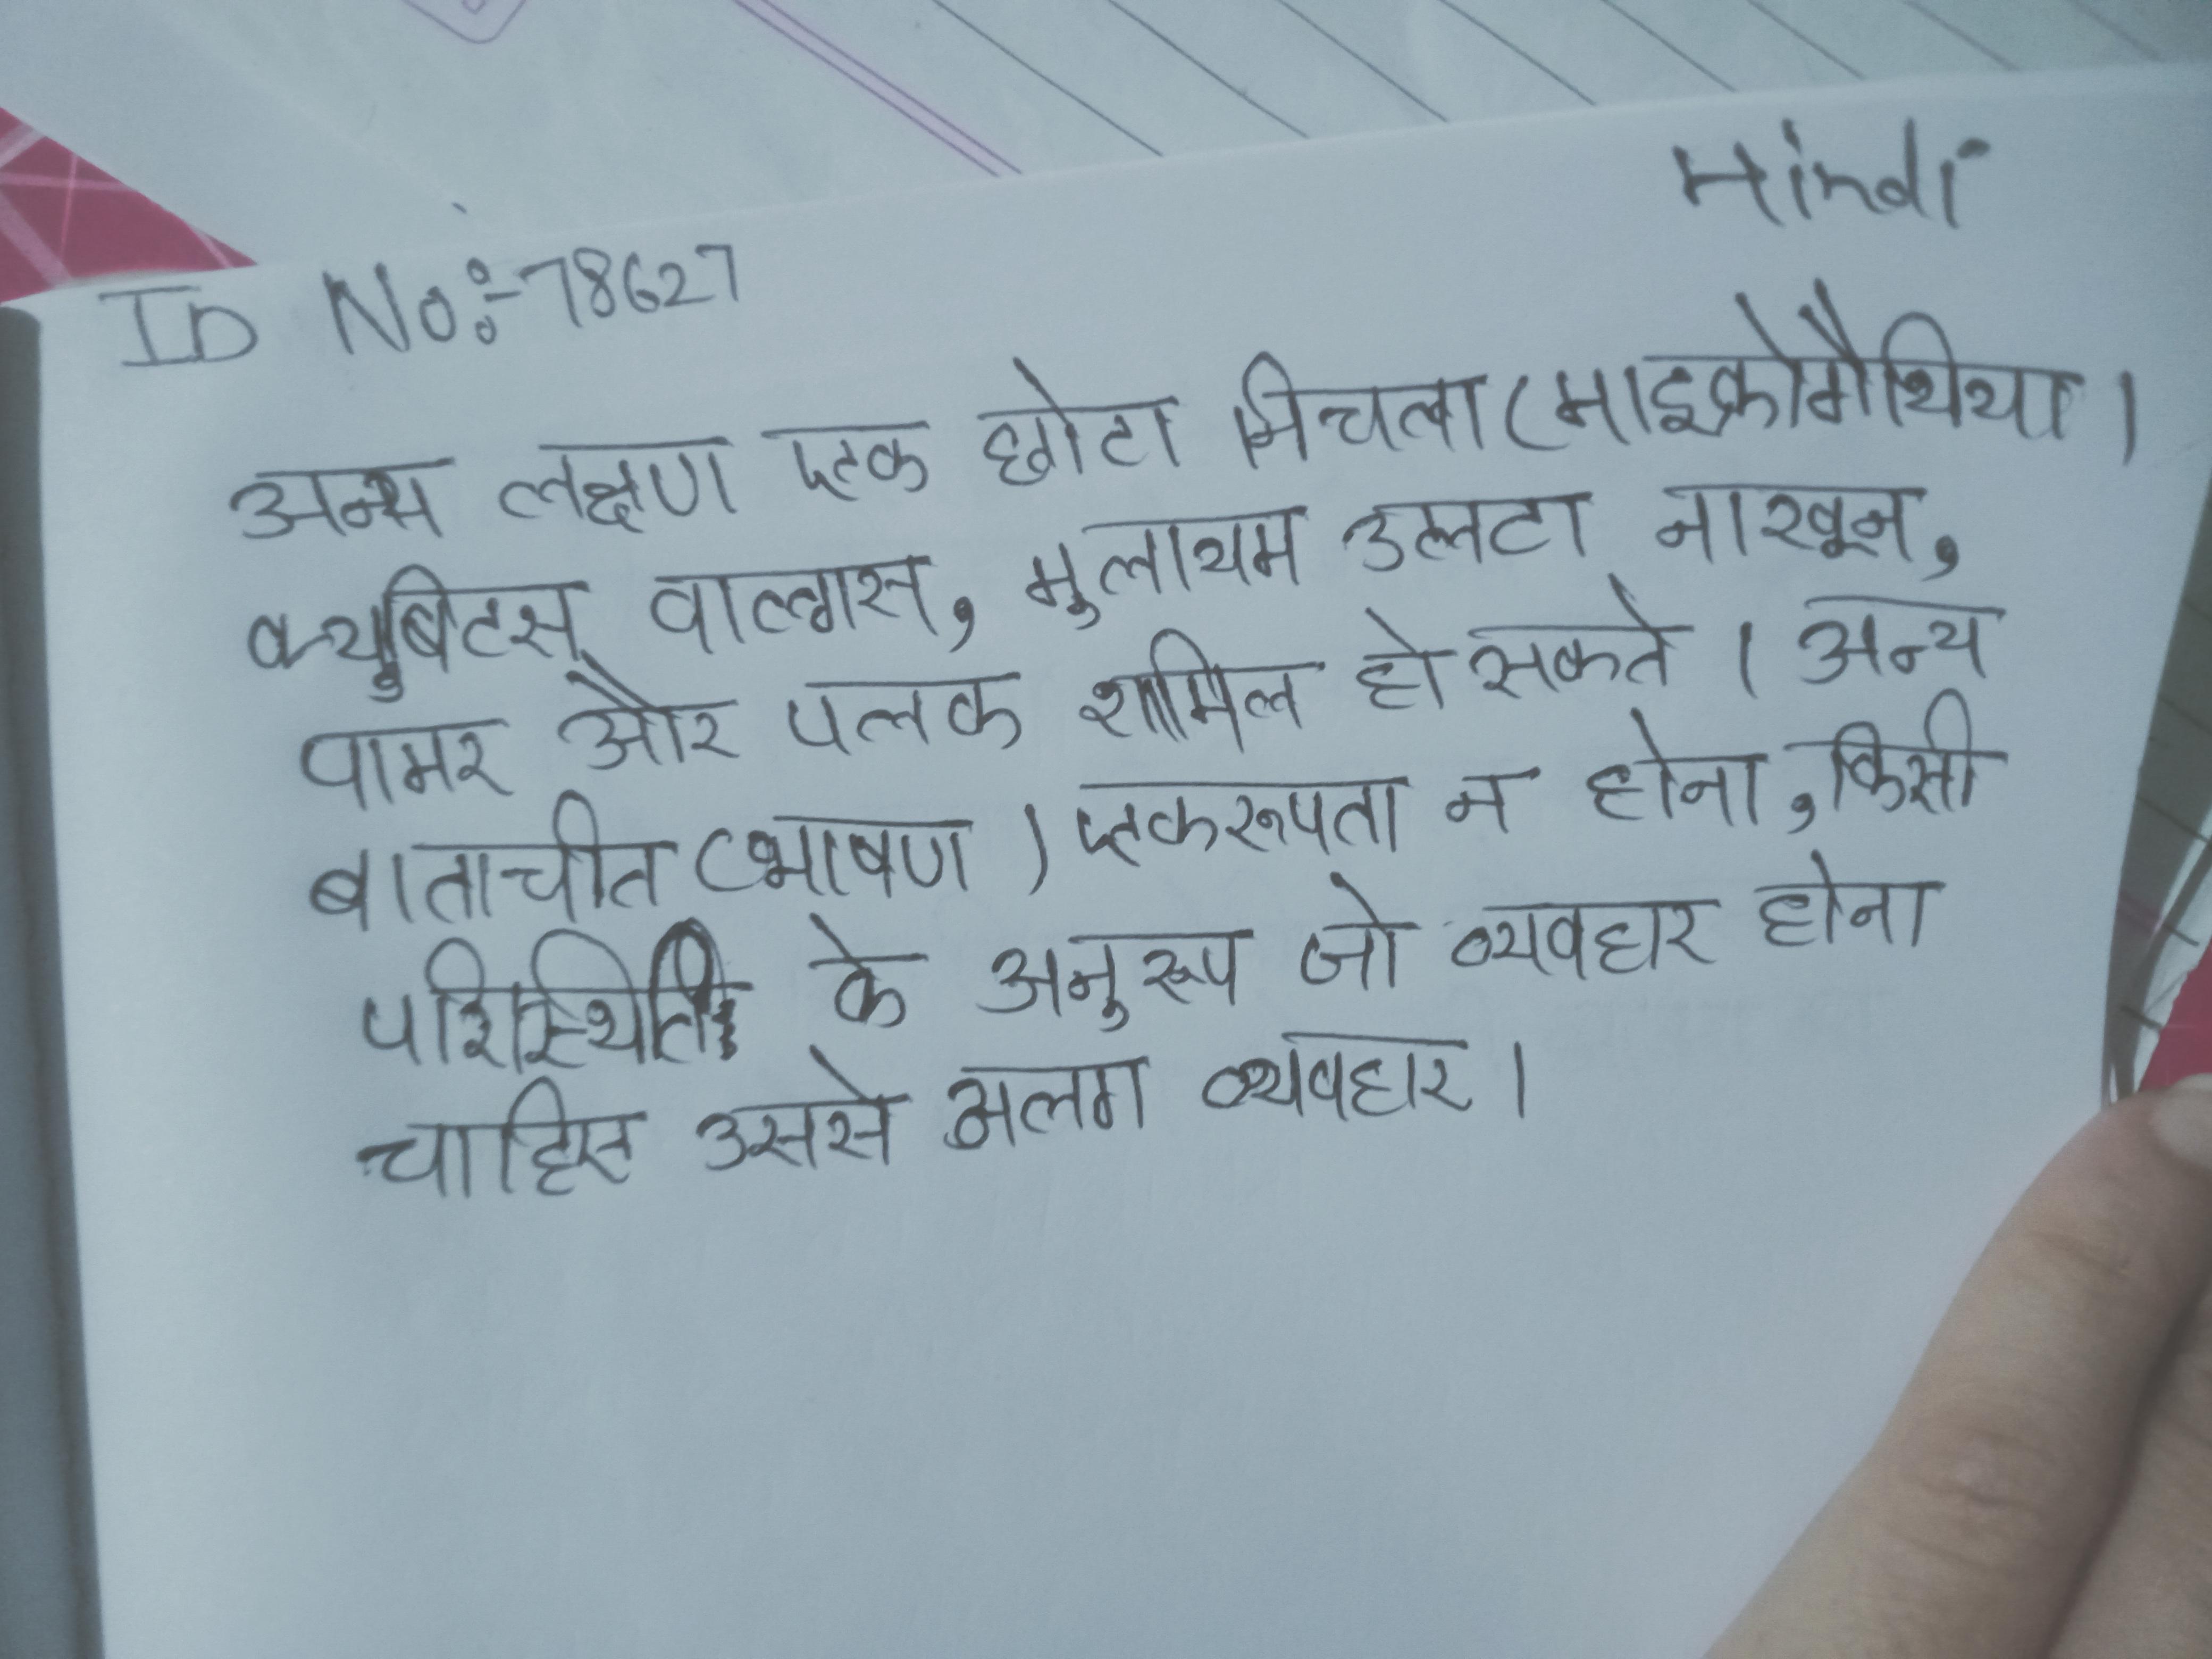
अन्य लक्षण एक छोटा निचला (माइक्रोगैथिया), क्यूबिटस वाल्गस, मुलायम उलटा नाखून, पामर और पलक शामिल हो सकते । अन्य लक्षण वर्गीकरण का प्रमाण मौजूद है । अन्य लक्षण बातचीत (भाषण) एकरूपता न होना, किसी परिस्थिति के अनुरूप जो व्यवहार होना चाहिए उससे अलग व्यवहार ।